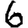
Digit: 6